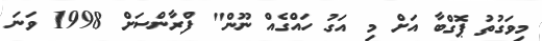
މިވަގުތު ޕޮގްބާ އަށް މި އަގު ހައްގެއް ނޫން" ފްރާންސަށް 1998 ވަނަ